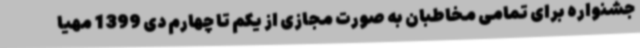
جشنواره برای تمامی مخاطبان به صورت مجازی از یکم تا چهارم دی 1399 مهیا